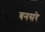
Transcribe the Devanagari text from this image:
बनसरे